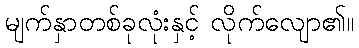
မျက်နှာတစ်ခုလုံးနှင့် လိုက်လျော၏။